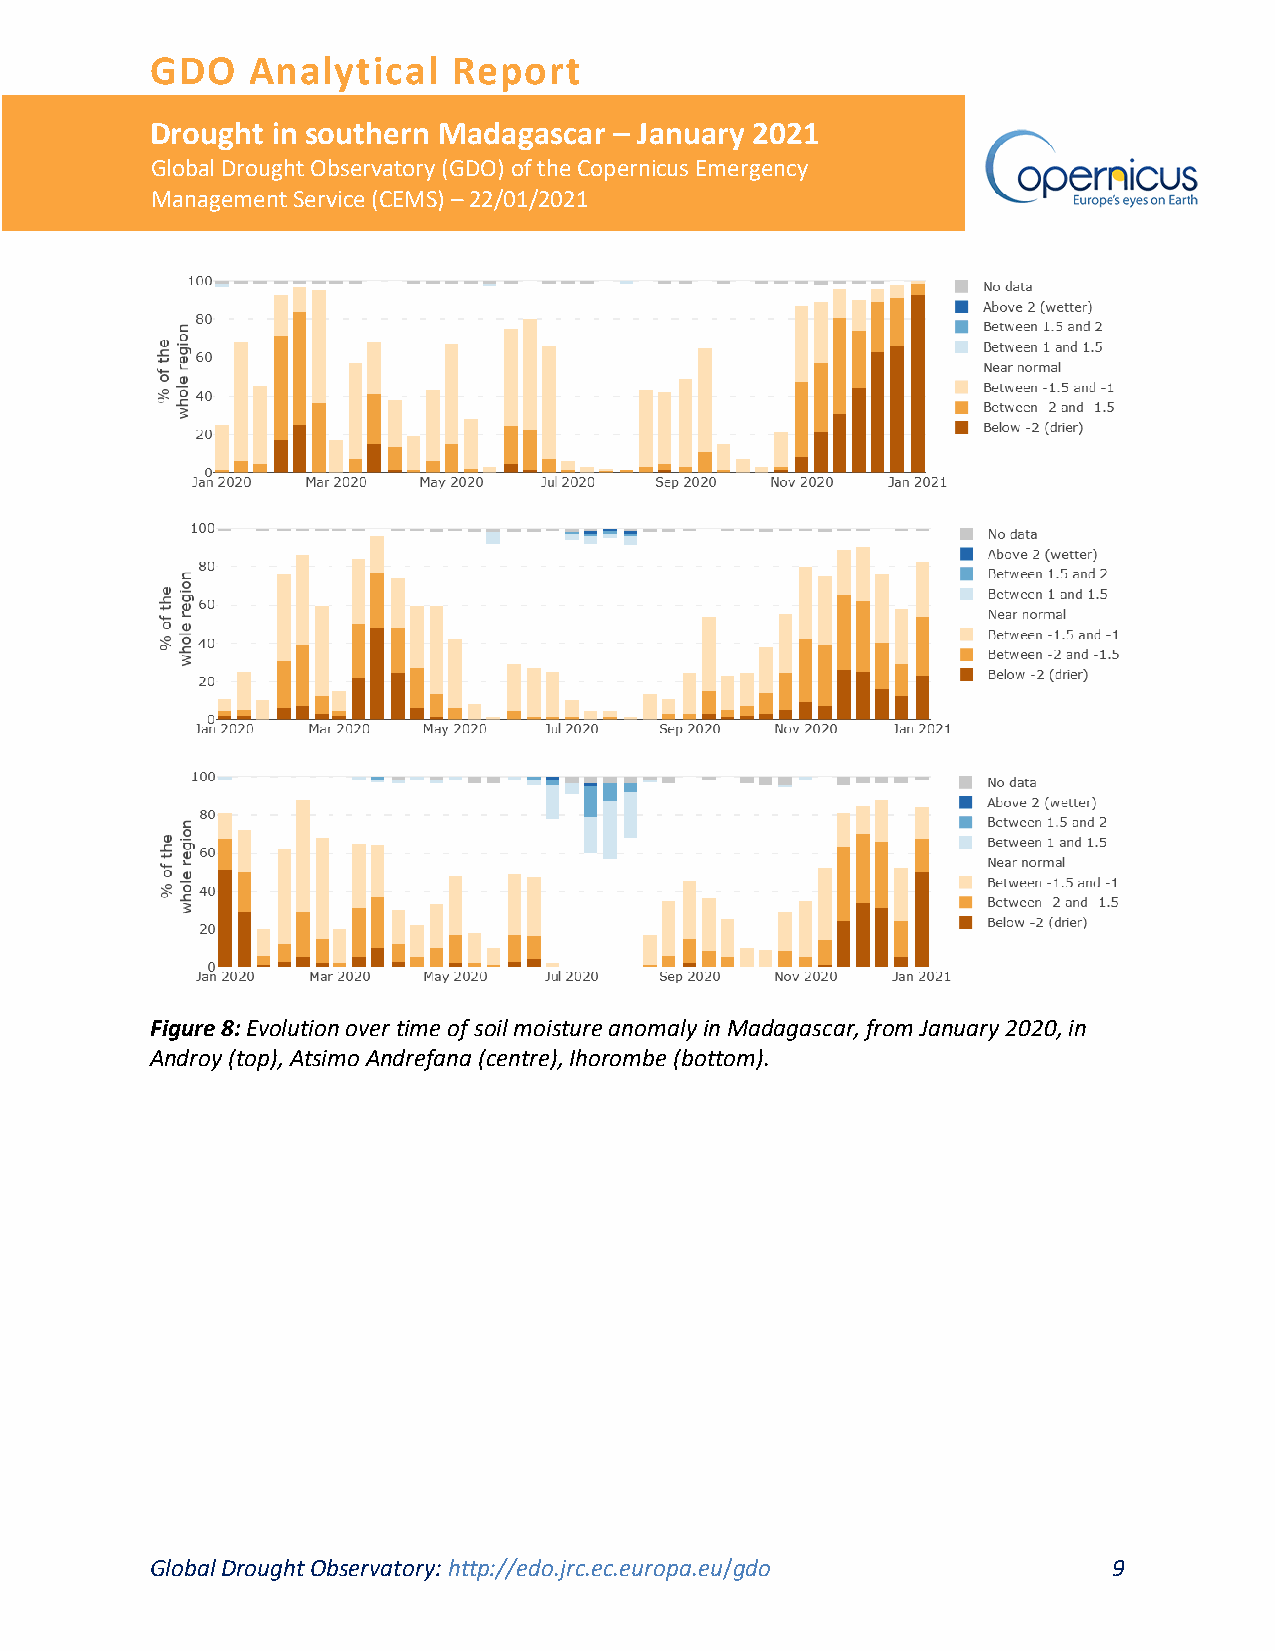
GDO   Analytical    Report
 Drought in southern Madagascar – January 2021
 Global Drought Observatory (GDO) of the Copernicus Emergency
 Management Service (CEMS) – 22/01/2021
 Figure 8: Evolution over time of soil moisture anomaly in Madagascar, from January 2020, in
 Androy (top), Atsimo Andrefana (centre), Ihorombe (bottom).
 Global Drought Observatory: http://edo.jrc.ec.europa.eu/gdo     9